Scottish Leaving Certificate Examination, 1959
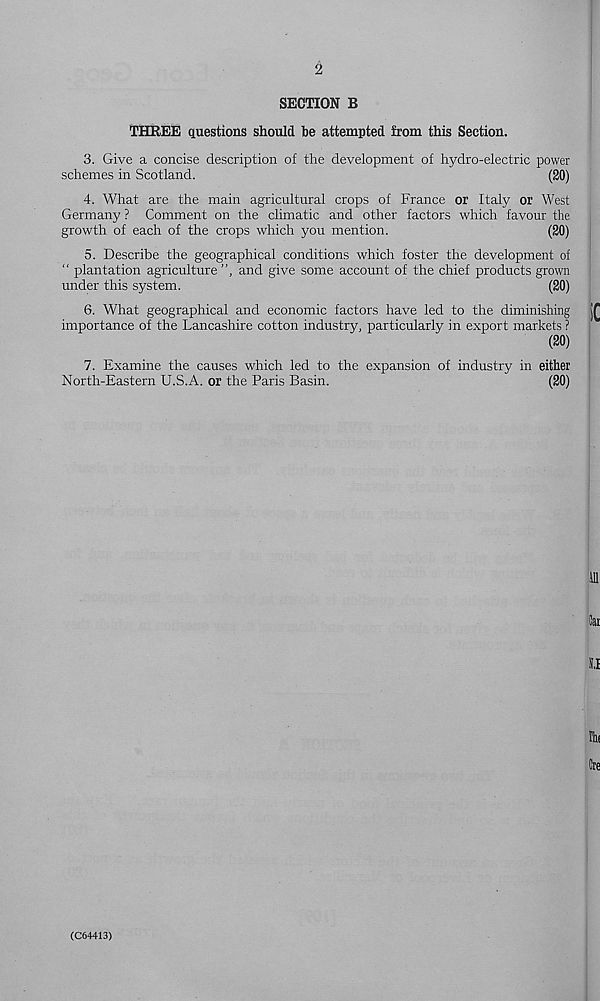
2
SECTION B
THREE questions should be attempted from this Section.
3. Give a concise description of the development of hydro-electric power
schemes in Scotland.
(20)
4. What are the main agricultural crops of France or Italy or West
Germany ? Comment on the climatic and other factors which favour the
growth of each of the crops which you mention.
(20)
5. Describe the geographical conditions which foster the development of
“ plantation agriculture ”, and give some account of the chief products grown
under this system.
(20)
6. What geographical and economic factors have led to the diminishing j£
importance of the Lancashire cotton industry, particularly in export markets ?
(20)
7. Examine the causes which led to the expansion of industry in either
North-Eastern U.S.A. or the Paris Basin.
(20)
ill
Cat
I.I
Ihf
Cre
(C6+413)